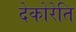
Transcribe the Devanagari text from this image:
देकोरेति